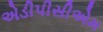
એડીપીસીએમ